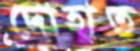
দোহাত